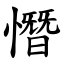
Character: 憯